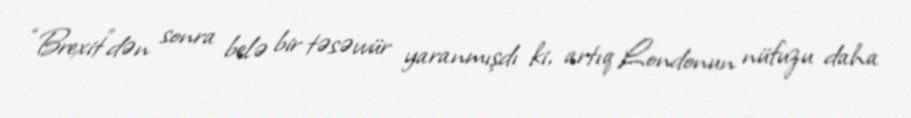
“Brexit”dən sonra belə bir təsəvvür yaranmışdı ki, artıq Londonun nüfuzu daha